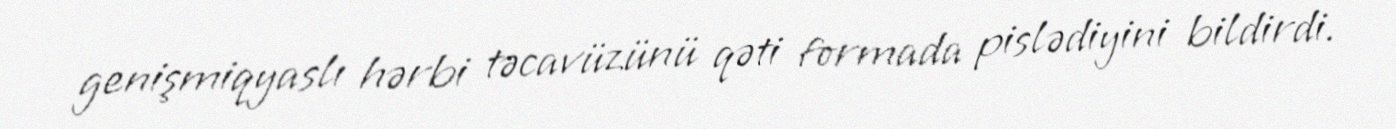
genişmiqyaslı hərbi təcavüzünü qəti formada pislədiyini bildirdi.